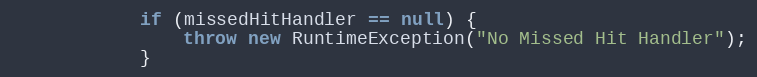
Language: Java
			if (missedHitHandler == null) {
				throw new RuntimeException("No Missed Hit Handler");
			}